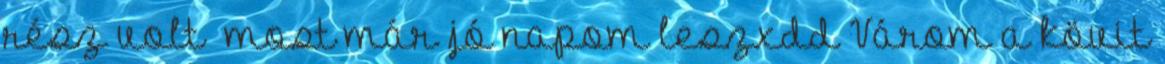
rész volt❤❤most már jó napom leszxdd Várom a kövit